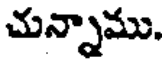
చున్నాము.